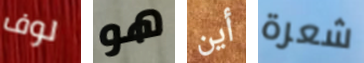
لوف هو أين شعرة